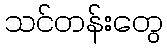
သင်တန်းတွေ